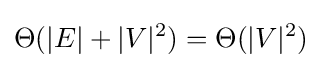
\Theta (|E|+|V|^{2})=\Theta (|V|^{2})